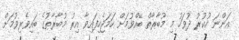
އަންނަ ހުކުރު ދުވަހު މި މުބާރާތް ބޭއްވުމަށް ހަމަޖެހިފައިވާ އިރު މުބާރާތުގެ ބައިވެރިވުމަށް